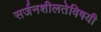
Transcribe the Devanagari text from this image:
सर्जनशीलतेविषयी